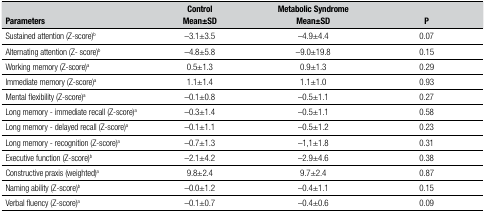
<table><thead><tr><td><b>Parameters</b></td><td><b>ControlMean±SD</b></td><td><b>MetabolicSyndrome Mean±SD</b></td><td><b>P</b></td></tr></thead><tbody><tr><td>Sustained attention (Z-score)<sup>b</sup></td><td>-3.1±3.5</td><td>-4.9±4.4</td><td>0.07</td></tr><tr><td>Alternating attention (Z- score)<sup>b</sup></td><td>-4.8±5.8</td><td>-9.0±19.8</td><td>0.15</td></tr><tr><td>Working memory (Z-score)<sup>a</sup></td><td>0.5±1.3</td><td>0.9±1.3</td><td>0.29</td></tr><tr><td>Immediate memory (Z-score)<sup>a</sup></td><td>1.1±1.4</td><td>1.1±1.0</td><td>0.93</td></tr><tr><td>Mental flexibility (Z-score)<sup>a</sup></td><td>-0.1±0.8</td><td>-0.5±1.1</td><td>0.27</td></tr><tr><td>Long memory - immediate recall (Z-score)<sup>a</sup></td><td>-0.3±1.4</td><td>-0.5±1.1</td><td>0.58</td></tr><tr><td>Long memory - delayed recall (Z-score)<sup>a</sup></td><td>-0.1±1.1</td><td>-0.5±1.2</td><td>0.23</td></tr><tr><td>Long memory - recognition (Z-score)<sup>a</sup></td><td>-0.7±1.3</td><td>-1,1±1.8</td><td>0.31</td></tr><tr><td>Executive function (Z-score)<sup>b</sup></td><td>-2.1±4.2</td><td>-2.9±4.6</td><td>0.38</td></tr><tr><td>Constructive praxis (weighted)<sup>a</sup></td><td>9.8±2.4</td><td>9.7±2.4</td><td>0.87</td></tr><tr><td>Naming ability (Z-score)<sup>b</sup></td><td>-0.0±1.2</td><td>-0.4±1.1</td><td>0.15</td></tr><tr><td>Verbal fluency (Z-score)<sup>a</sup></td><td>-0.1±0.7</td><td>-0.4±0.6</td><td>0.09</td></tr></tbody></table>